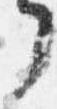
了